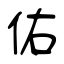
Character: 佑